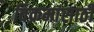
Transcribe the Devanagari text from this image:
विक्रमांसाठी